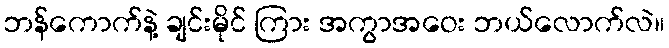
ဘန်ကောက်နဲ့ ချင်းမိုင် ကြား အကွာအဝေး ဘယ်လောက်လဲ။